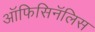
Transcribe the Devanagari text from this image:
ऑफिसिनॅलिस